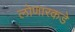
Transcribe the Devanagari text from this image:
लोणारकडे